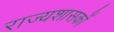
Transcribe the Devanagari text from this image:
राज्यशासकों